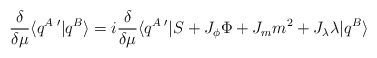
\begin{align*}\frac{\delta}{\delta\mu} \langle q^A\,'|q^B\rangle = i\frac{\delta}{\delta\mu}\langle q^A\,'|S + J_\phi \Phi +J_m m^2 + J_\lambda\lambda|q^B\rangle\end{align*}